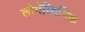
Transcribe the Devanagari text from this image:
लोगॅरिथमिक